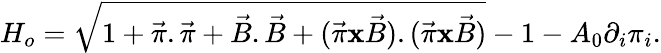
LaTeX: H_{o}=\sqrt{1+\vec{\pi}.\vec{\pi}+\vec{B}.\vec{B}+(\vec{\pi}{\mathbf x}\vec{B}).(\vec{\pi}{\mathbf x}\vec{B})}-1-A_{0}\partial_{i}\pi_{i}.